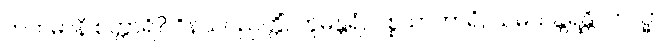
ကတမာနိ စတ္တာရိ? ဝိနယပညတ္တိံ, ဘူမန္တရံ, ပစ္စယာကာရံ, သမယန္တရန္တိ။ တသ္မာ